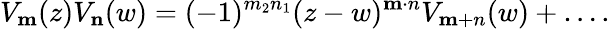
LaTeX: V_{\mathbf m}(z)V_{\mathbf n}(w)=(-1)^{m_{2}n_{1}}(z-w)^{\mathbf m\cdot n}V_{\mathbf m+n}(w)+\ldots.